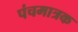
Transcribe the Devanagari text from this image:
पंचमात्रक